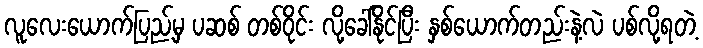
လူလေးယောက်ပြည့်မှ ပဆစ် တစ်ဝိုင်း လို့ခေါ်နိုင်ပြီး နှစ်ယောက်တည်းနဲ့လဲ ပစ်လို့ရတဲ့